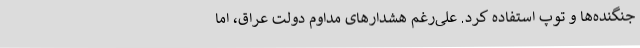
جنگنده‌ها و توپ استفاده کرد. علی‌رغم هشدارهای مداوم دولت عراق، اما